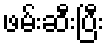
ဖမ်းဆီးပြီး